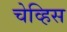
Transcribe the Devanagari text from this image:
चेव्हिस